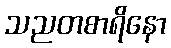
သညတစာရိနော